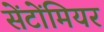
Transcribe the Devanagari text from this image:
सेंटोंमियर